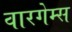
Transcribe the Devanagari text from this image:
वारगेम्स